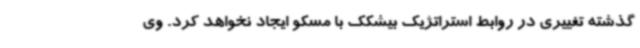
گذشته تغییری در روابط استراتژیک بیشکک با مسکو ایجاد نخواهد کرد. وی